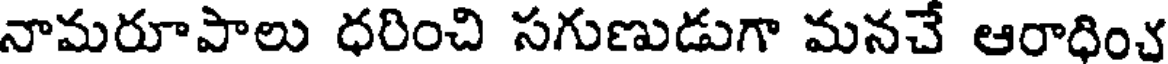
నామరూపాలు ధరించి సగుణుడుగా మనచే ఆరాధించ